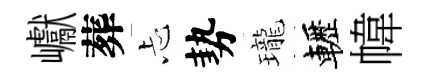
巘葬忐勢瓏轣幃